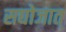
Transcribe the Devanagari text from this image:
सद्योजात्